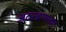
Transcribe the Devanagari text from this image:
जठरव्रणाचा